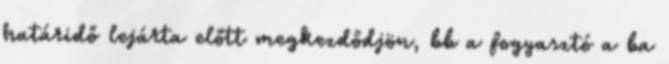
határidő lejárta előtt megkezdődjön, bb a fogyasztó a ba